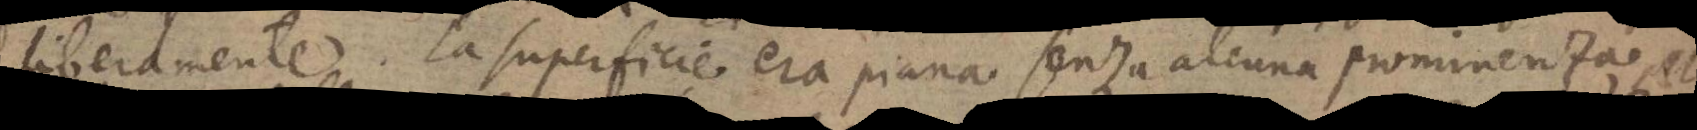
liberamente. La superficie era piana senza alcuna prominenza, e